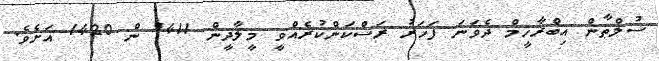
ސުލްޠާން އިބްރާހީމް ދެވަނަ ފަހަރު ރަސްކަންކުރެއްވީ މީލާދީން 1411 ން 1420 އަށެވެ.